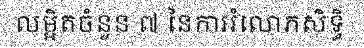
លម្អិតចំនួន ៧ នៃការរំលោភសិទ្ធិ